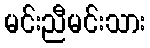
မင်းညီမင်းသား